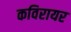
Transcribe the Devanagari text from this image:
कविरायर